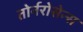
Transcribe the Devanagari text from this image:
तोर्नरोसेन्स